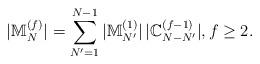
LaTeX: \begin{align*}|\mathbb{M}_N^{(f)}|=\sum_{N'=1}^{N-1}|\mathbb{M}_{N'}^{(1)}|\,|\mathbb{C}_{N-N'}^{(f-1)}|,f\ge 2.\end{align*}